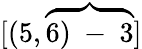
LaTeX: [(5,\overbrace{6)\mathrm{~-~}3}]